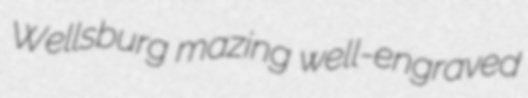
Wellsburg mazing well-engraved